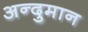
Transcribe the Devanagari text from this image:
अन्दुमान